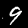
Digit: 9